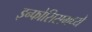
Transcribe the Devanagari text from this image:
इन्फोसिसमध्ये